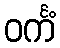
ဝင်္ကံ